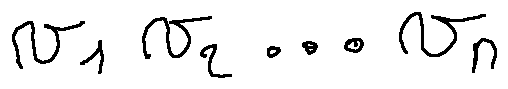
v _ { 1 } v _ { 2 } \ldots v _ { n }